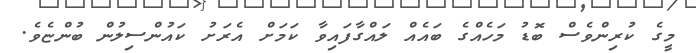
މީގެ ކުރިންވެސް ބޮޑު މަހެއްގެ ބައެއް ލައްގާފައިވާ ކަމަށް އެރަށު ކައުންސިލުން ބުންޏެވެ.